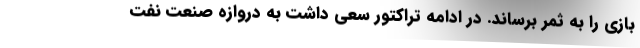
بازی را به ثمر برساند. در ادامه تراکتور سعی داشت به دروازه‌ صنعت نفت